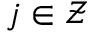
j \in \mathcal { Z }